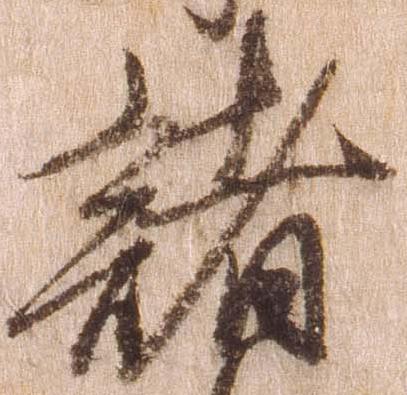
諸